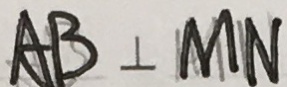
A B \bot M N